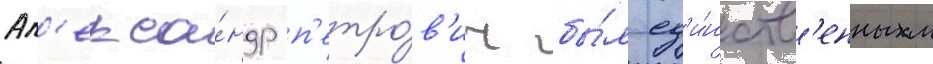
Ал'екса́ндр п'етро́в'ич бы́л ед'и́нств'енным